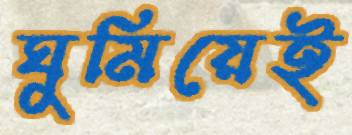
ঘুমিয়েই